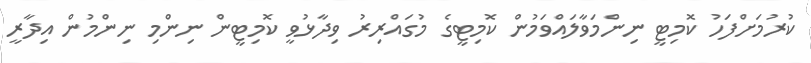
ކުރުމަށްފަހު ކޮމިޓީ ނިންމަވާލައްވަމުން ކޮމިޓީގެ މުގައްރިރު ވިދާޅުވީ ކޮމިޓީން ނިންމި ނިންމުން އިދާރީ